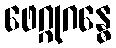
ဖေဂ္ဂုဂန္ဓေ